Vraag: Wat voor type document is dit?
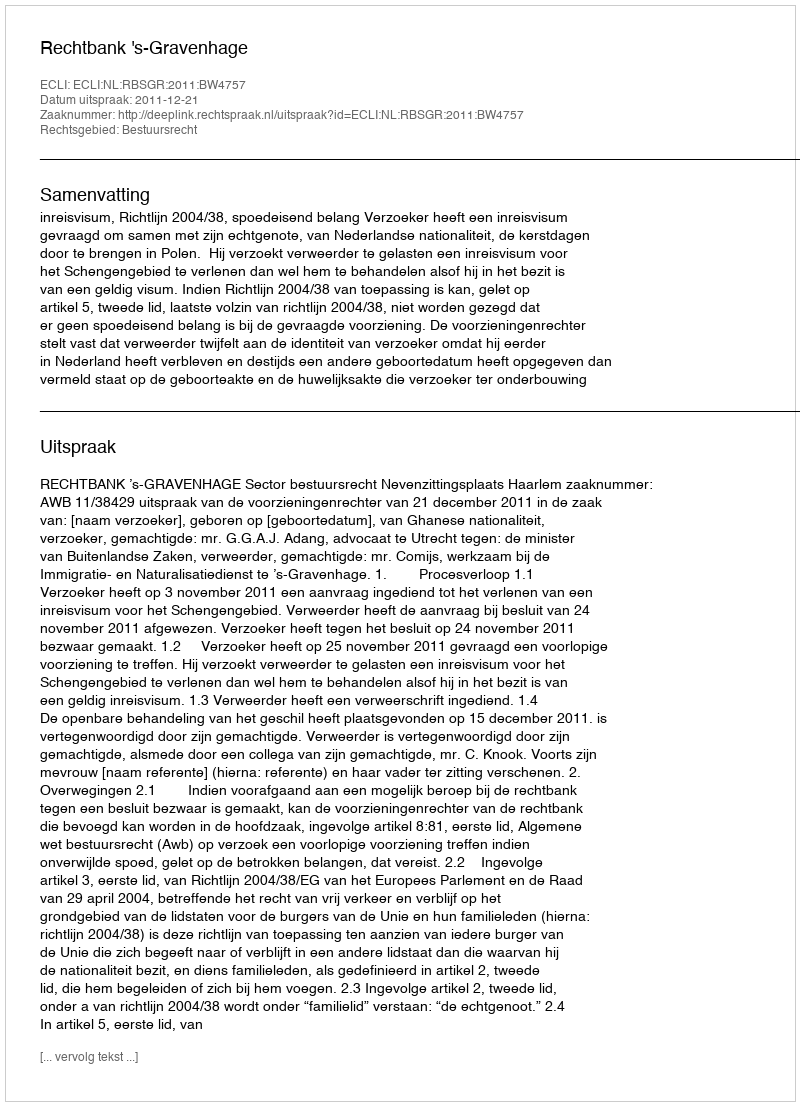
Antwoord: Uitspraak